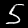
Digit: 5